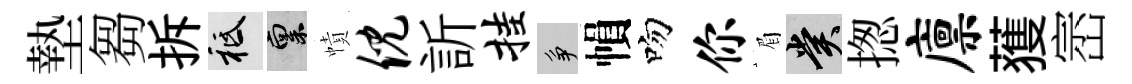
墊芻拆祇禀幘倪訢挂争𢄙吻你眉賞揔廪𫉬崈